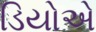
ડિયોએ